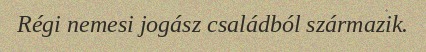
Régi nemesi jogász családból származik.